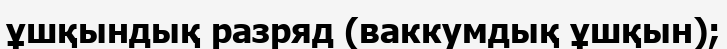
ұшқындық разряд (ваккумдық ұшқын);